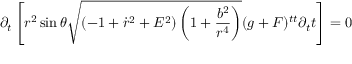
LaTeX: \partial _ { t } \left[ r ^ { 2 } \sin \theta \sqrt { ( - 1 + \dot { r } ^ { 2 } + E ^ { 2 } ) \left( 1 + \frac { b ^ { 2 } } { r ^ { 4 } } \right) } ( g + F ) ^ { t t } \partial _ { t } t \right] = 0